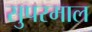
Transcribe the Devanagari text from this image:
सुपरमाल